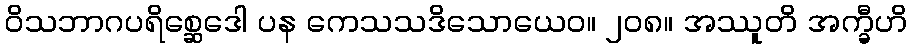
ဝိသဘာဂပရိစ္ဆေဒေါ ပန ကေသသဒိသောယေဝ။ ၂၀၈။ အဿူတိ အက္ခီဟိ